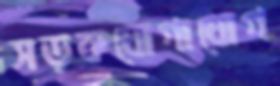
সড়কযোগাযোগ